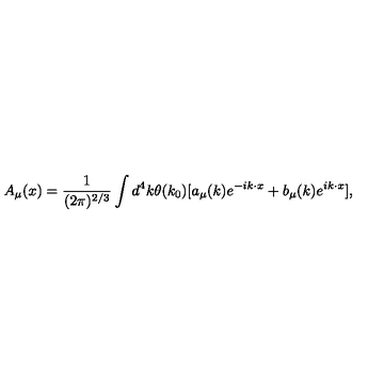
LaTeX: A _ { \mu } ( x ) = \frac { 1 } { ( 2 \pi ) ^ { 2 / 3 } } \int d ^ { 4 } k \theta ( k _ { 0 } ) { [ a _ { \mu } ( k ) e ^ { - i k \cdot x } + b _ { \mu } ( k ) e ^ { i k \cdot x } ] } ,